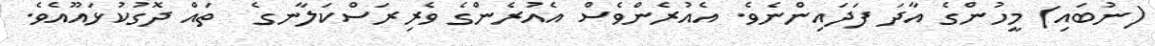
(ނުބައި) މީހުންގެ އާދަ ފަދައިންނެވެ. އެއުރެންވެސް އެއުރެންގެ ވެރިރަސްކަލާނގެ  ތައް ދޮގުކުޅައޫއެވެ.